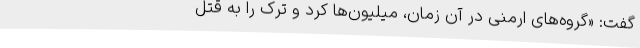
گفت: «گروه‌های ارمنی در آن زمان، میلیون‌ها کُرد و تُرک را به قتل